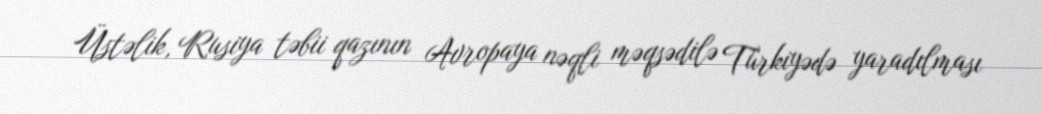
Üstəlik, Rusiya təbii qazının Avropaya nəqli məqsədilə Türkiyədə yaradılması